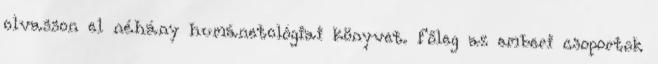
olvasson el néhány humánetológiai könyvet. Főleg az emberi csoportok